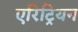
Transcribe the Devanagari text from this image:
एरिट्रियन